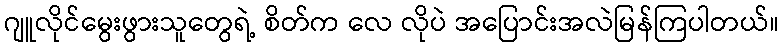
ဂျူလိုင်မွေးဖွားသူတွေရဲ့ စိတ်က လေ လိုပဲ အပြောင်းအလဲမြန်ကြပါတယ်။